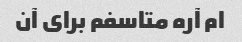
ام آره متاسفم برای آن